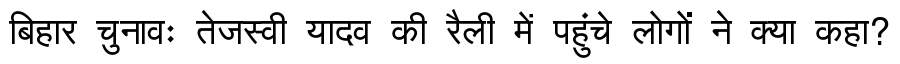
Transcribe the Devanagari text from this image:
बिहार चुनावः तेजस्वी यादव की रैली में पहुंचे लोगों ने क्या कहा?